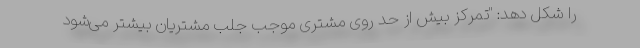
را شکل دهد: "تمرکز بیش از حد روی مشتری موجب جلب مشتریان بیشتر می‌شود